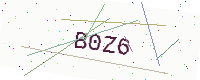
Text: B0Z6